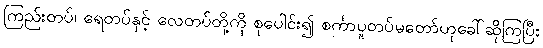
ကြည်းတပ်၊ ရေတပ်နှင့် လေတပ်တို့ကို စုပေါင်း၍ စင်္ကာပူတပ်မတော်ဟုခေါ်ဆိုကြပြီး